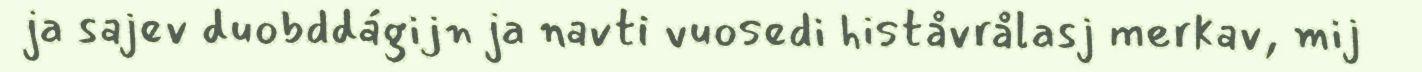
ja sajev duobddágijn ja navti vuosedi histåvrålasj merkav, mij